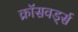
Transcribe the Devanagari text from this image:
क्रॉसवर्ड्स